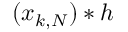
( x _ { k , N } ) * h